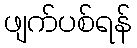
ဖျက်ပစ်ရန်